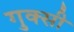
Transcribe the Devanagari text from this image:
गुक्सी